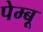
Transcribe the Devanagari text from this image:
पेम्बू